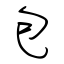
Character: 包